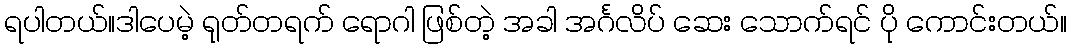
ရပါတယ်။ဒါပေမဲ့ ရုတ်တရက် ရောဂါ ဖြစ်တဲ့ အခါ အင်္ဂလိပ် ဆေး သောက်ရင် ပို ကောင်းတယ်။